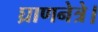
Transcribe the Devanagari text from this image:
घ्राणनेत्रे।